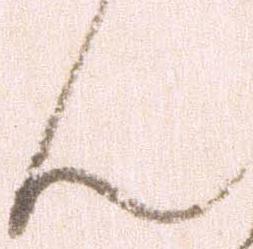
ん